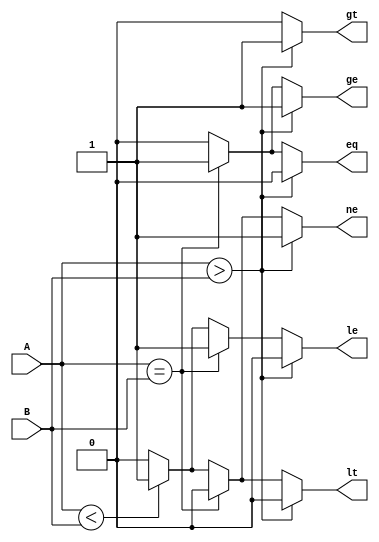
module Comparator_1(input [31:0]A,B,output reg eq,ne,gt,ge,lt,le);
  always @(A,B) begin
    begin eq=0;ne=0;gt=0;ge=0;lt=0;le=0; end
    if(A>B) begin ne=1;gt=1;ge=1; end
    else if(A==B) begin eq=1;ge=1;le=1; end
    else if(A<B) begin ne=1;lt=1;le=1; end
  end
endmodule


module Comparator_1_TB();
  reg [31:0]A,B=32'h0;
  wire eq,ne,gt,ge,lt,le;
  Comparator_1 G1(A,B,eq,ne,gt,ge,lt,le);
  initial begin
    A=32'h8;
    B=32'h3;
    #100
    A=32'h6;
    B=32'h6;
    #100
    A=32'h5;
    B=32'hA;
    #100
    $stop;
  end
endmodule